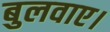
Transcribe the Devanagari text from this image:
बुलवाए।